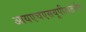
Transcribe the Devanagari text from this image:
आयएचएसयूपीअंतर्गत